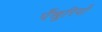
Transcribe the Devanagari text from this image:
पँखुरियों